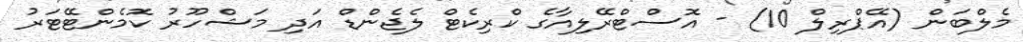
މެލްބަން (އޭޕްރިލް 10) - އޮސްޓްރޭލިއާގެ ކްރިކެޓް ލެޖެންޑް އަދި މަޝްހޫރު ކޮމެންޓޭޓަރު